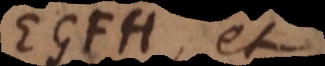
EGFH, et